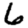
Digit: 6